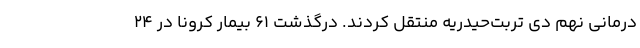
درمانی نهم دی تربت‌حیدریه منتقل کردند. درگذشت ۶۱ بیمار کرونا در ۲۴